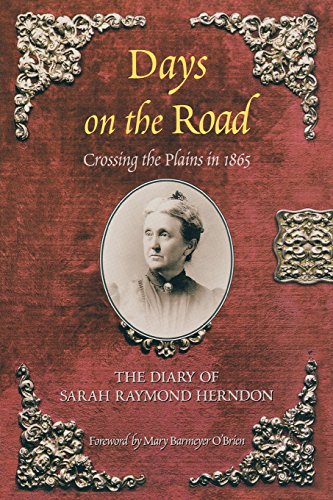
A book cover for Days on the Road: Crossing the Plains in 1865: The Diary of Sarah Raymond Herndon; Sarah Raymond Herndon; Travel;